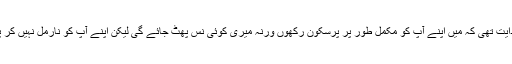
ڈاکٹر کی ہدایت تھی کہ میں اپنے آپ کو مکمل طور پر پرسکون رکھوں ورنہ میری کوئی نس پھٹ جائے گی لیکن اپنے آپ کو نارمل نہیں کر پا رہی تھی۔